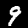
Label: 9